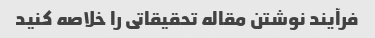
فرآیند نوشتن مقاله تحقیقاتی را خلاصه کنید